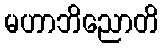
မဟာဘိညောတိ